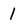
Character: 1